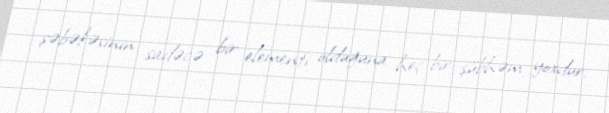
şəbəkəsinin sadəcə bir elementi olduğuna heç bir şübhəm yoxdur.